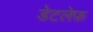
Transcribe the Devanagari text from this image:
डेटलेफ़